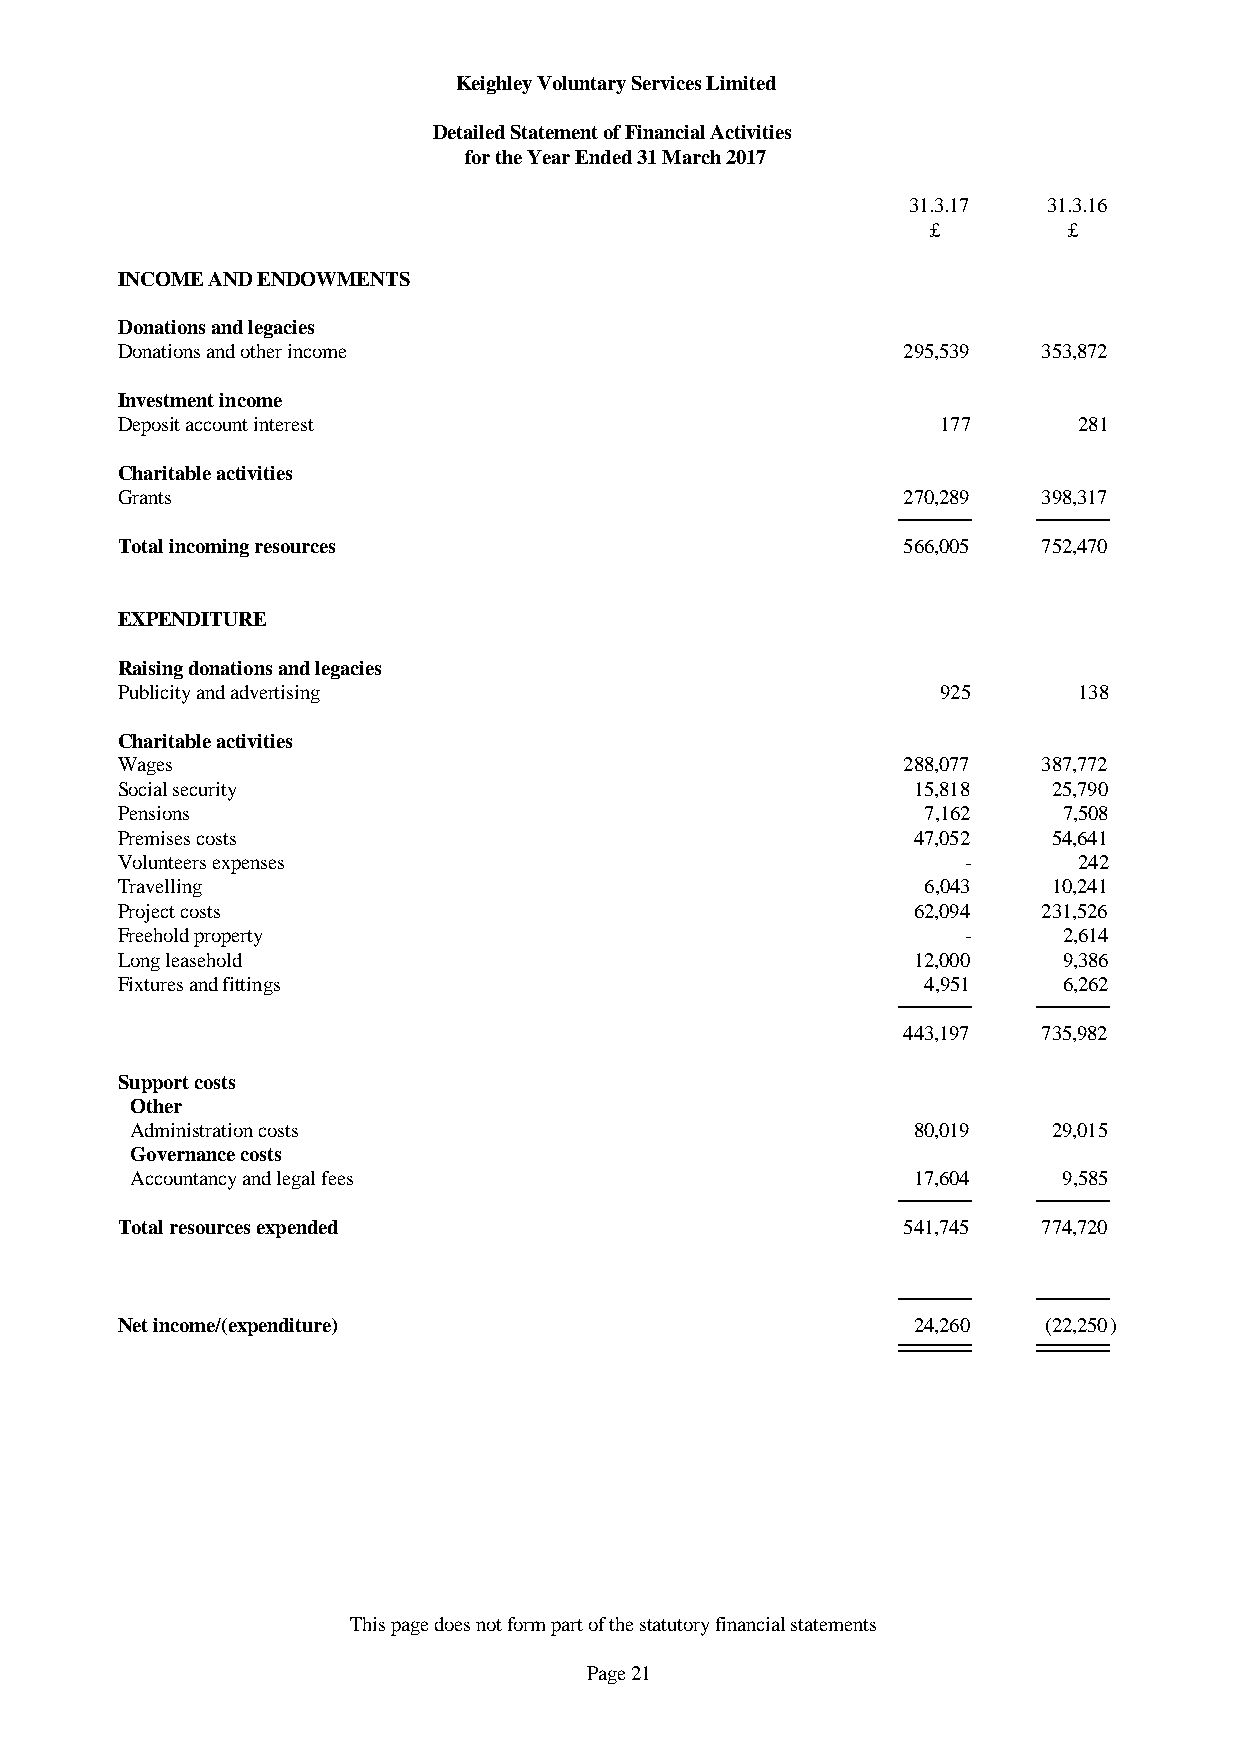
Keighley Voluntary Services Limited
 Detailed Statement of Financial Activities
 for the Year Ended 31 March 2017
 31.3.17  31.3.16
 £        £
 INCOME AND ENDOWMENTS
 Donations and legacies
 Donations and other income                          295,539  353,872
 Investment income
 Deposit account interest                              177      281
 Charitable activities
 Grants                                              270,289  398,317
 Total incoming resources                            566,005  752,470
 EXPENDITURE
 Raising donations and legacies
 Publicity and advertising                             925      138
 Charitable activities
 Wages                                               288,077  387,772
 Social security                                     15,818    25,790
 Pensions                                             7,162    7,508
 Premises costs                                      47,052    54,641
 Volunteers expenses                                     -      242
 Travelling                                           6,043    10,241
 Project costs                                       62,094   231,526
 Freehold property                                       -     2,614
 Long leasehold                                      12,000    9,386
 Fixtures and fittings                                4,951    6,262
 443,197  735,982
 Support costs
 Other
 Administration costs                               80,019    29,015
 Governance costs
 Accountancy and legal fees                         17,604    9,585
 Total resources expended                            541,745  774,720
 Net income/(expenditure)                            24,260   (22,250)
 This page does not form part of the statutory financial statements
 Page 21